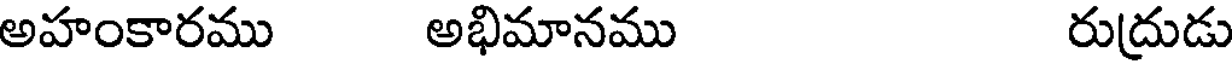
అహంకారము అభిమానము రుద్రుడు